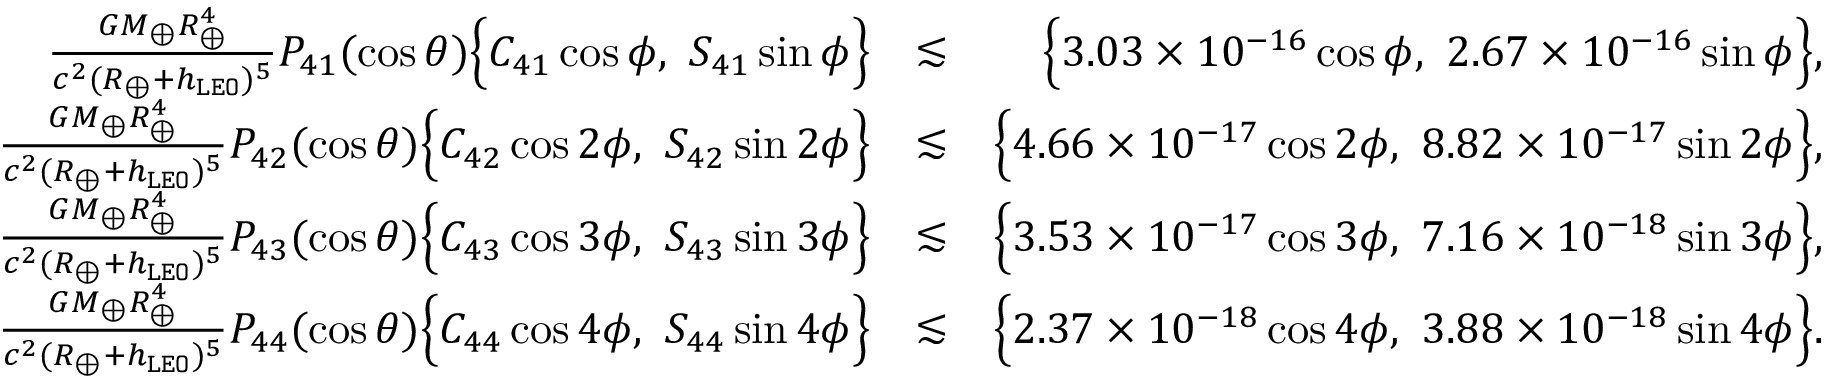
\begin{array} { r l r } { \frac { G M _ { \oplus } R _ { \oplus } ^ { 4 } } { c ^ { 2 } ( R _ { \oplus } + h _ { \tt L E O } ) ^ { 5 } } P _ { 4 1 } ( \cos \theta ) \Big \{ C _ { 4 1 } \cos \phi , ~ S _ { 4 1 } \sin \phi \Big \} } & { \lesssim } & { \Big \{ 3 . 0 3 \times 1 0 ^ { - 1 6 } \cos \phi , ~ 2 . 6 7 \times 1 0 ^ { - 1 6 } \sin \phi \Big \} , } \\ { \frac { G M _ { \oplus } R _ { \oplus } ^ { 4 } } { c ^ { 2 } ( R _ { \oplus } + h _ { \tt L E O } ) ^ { 5 } } P _ { 4 2 } ( \cos \theta ) \Big \{ C _ { 4 2 } \cos 2 \phi , ~ S _ { 4 2 } \sin 2 \phi \Big \} } & { \lesssim } & { \Big \{ 4 . 6 6 \times 1 0 ^ { - 1 7 } \cos 2 \phi , ~ 8 . 8 2 \times 1 0 ^ { - 1 7 } \sin 2 \phi \Big \} , } \\ { \frac { G M _ { \oplus } R _ { \oplus } ^ { 4 } } { c ^ { 2 } ( R _ { \oplus } + h _ { \tt L E O } ) ^ { 5 } } P _ { 4 3 } ( \cos \theta ) \Big \{ C _ { 4 3 } \cos 3 \phi , ~ S _ { 4 3 } \sin 3 \phi \Big \} } & { \lesssim } & { \Big \{ 3 . 5 3 \times 1 0 ^ { - 1 7 } \cos 3 \phi , ~ 7 . 1 6 \times 1 0 ^ { - 1 8 } \sin 3 \phi \Big \} , } \\ { \frac { G M _ { \oplus } R _ { \oplus } ^ { 4 } } { c ^ { 2 } ( R _ { \oplus } + h _ { \tt L E O } ) ^ { 5 } } P _ { 4 4 } ( \cos \theta ) \Big \{ C _ { 4 4 } \cos 4 \phi , ~ S _ { 4 4 } \sin 4 \phi \Big \} } & { \lesssim } & { \Big \{ 2 . 3 7 \times 1 0 ^ { - 1 8 } \cos 4 \phi , ~ 3 . 8 8 \times 1 0 ^ { - 1 8 } \sin 4 \phi \Big \} . } \end{array}